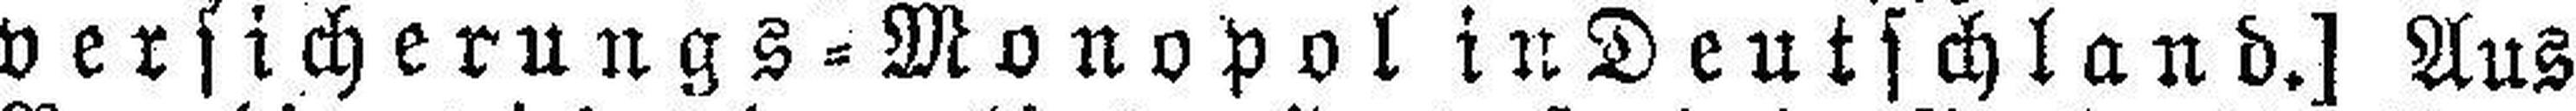
versicherungs = Monopol in Deutschland.] Aus